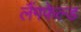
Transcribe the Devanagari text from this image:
लैंगफेल्ड